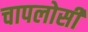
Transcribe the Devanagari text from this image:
चापलोसी